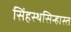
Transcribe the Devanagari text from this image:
सिंहस्थसिन्हास्त